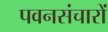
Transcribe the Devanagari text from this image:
पवनसंचारों